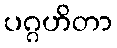
ပဂ္ဂဟိတာ